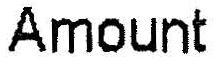
AMOUNT